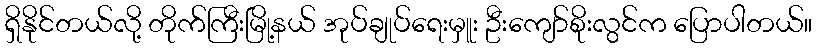
ရှိနိုင်တယ်လို့ တိုက်ကြီးမြို့နယ် အုပ်ချုပ်ရေးမှူး ဦးကျော်စိုးလွင်က ပြောပါတယ်။